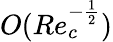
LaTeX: O(Re_{c}^{-\frac{1}{2}})